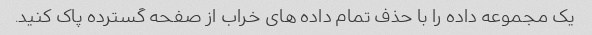
یک مجموعه داده را با حذف تمام داده های خراب از صفحه گسترده پاک کنید.